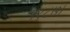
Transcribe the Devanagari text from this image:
१९८७।